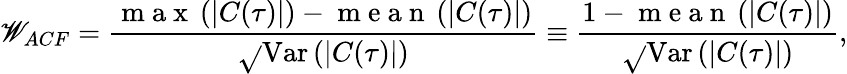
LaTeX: {\mathscr{W}_{ACF}}=\frac{{\mathrm{{~m~a~x~}}\left(|C(\tau)|\right)-\mathrm{{~m~e~a~n~}}\left(|C(\tau)|\right)}}{{\sqrt{}{{\operatorname{Var}\left(|C(\tau)|\right)}}}}\equiv\frac{{1-\mathrm{{~m~e~a~n~}}\left(|C(\tau)|\right)}}{{\sqrt{}{{\operatorname{Var}\left(|C(\tau)|\right)}}}},